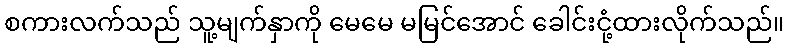
စကားလက်သည် သူ့မျက်နှာကို မေမေ မမြင်အောင် ခေါင်းငုံ့ထားလိုက်သည်။